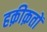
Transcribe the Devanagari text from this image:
हक़ीक़तों